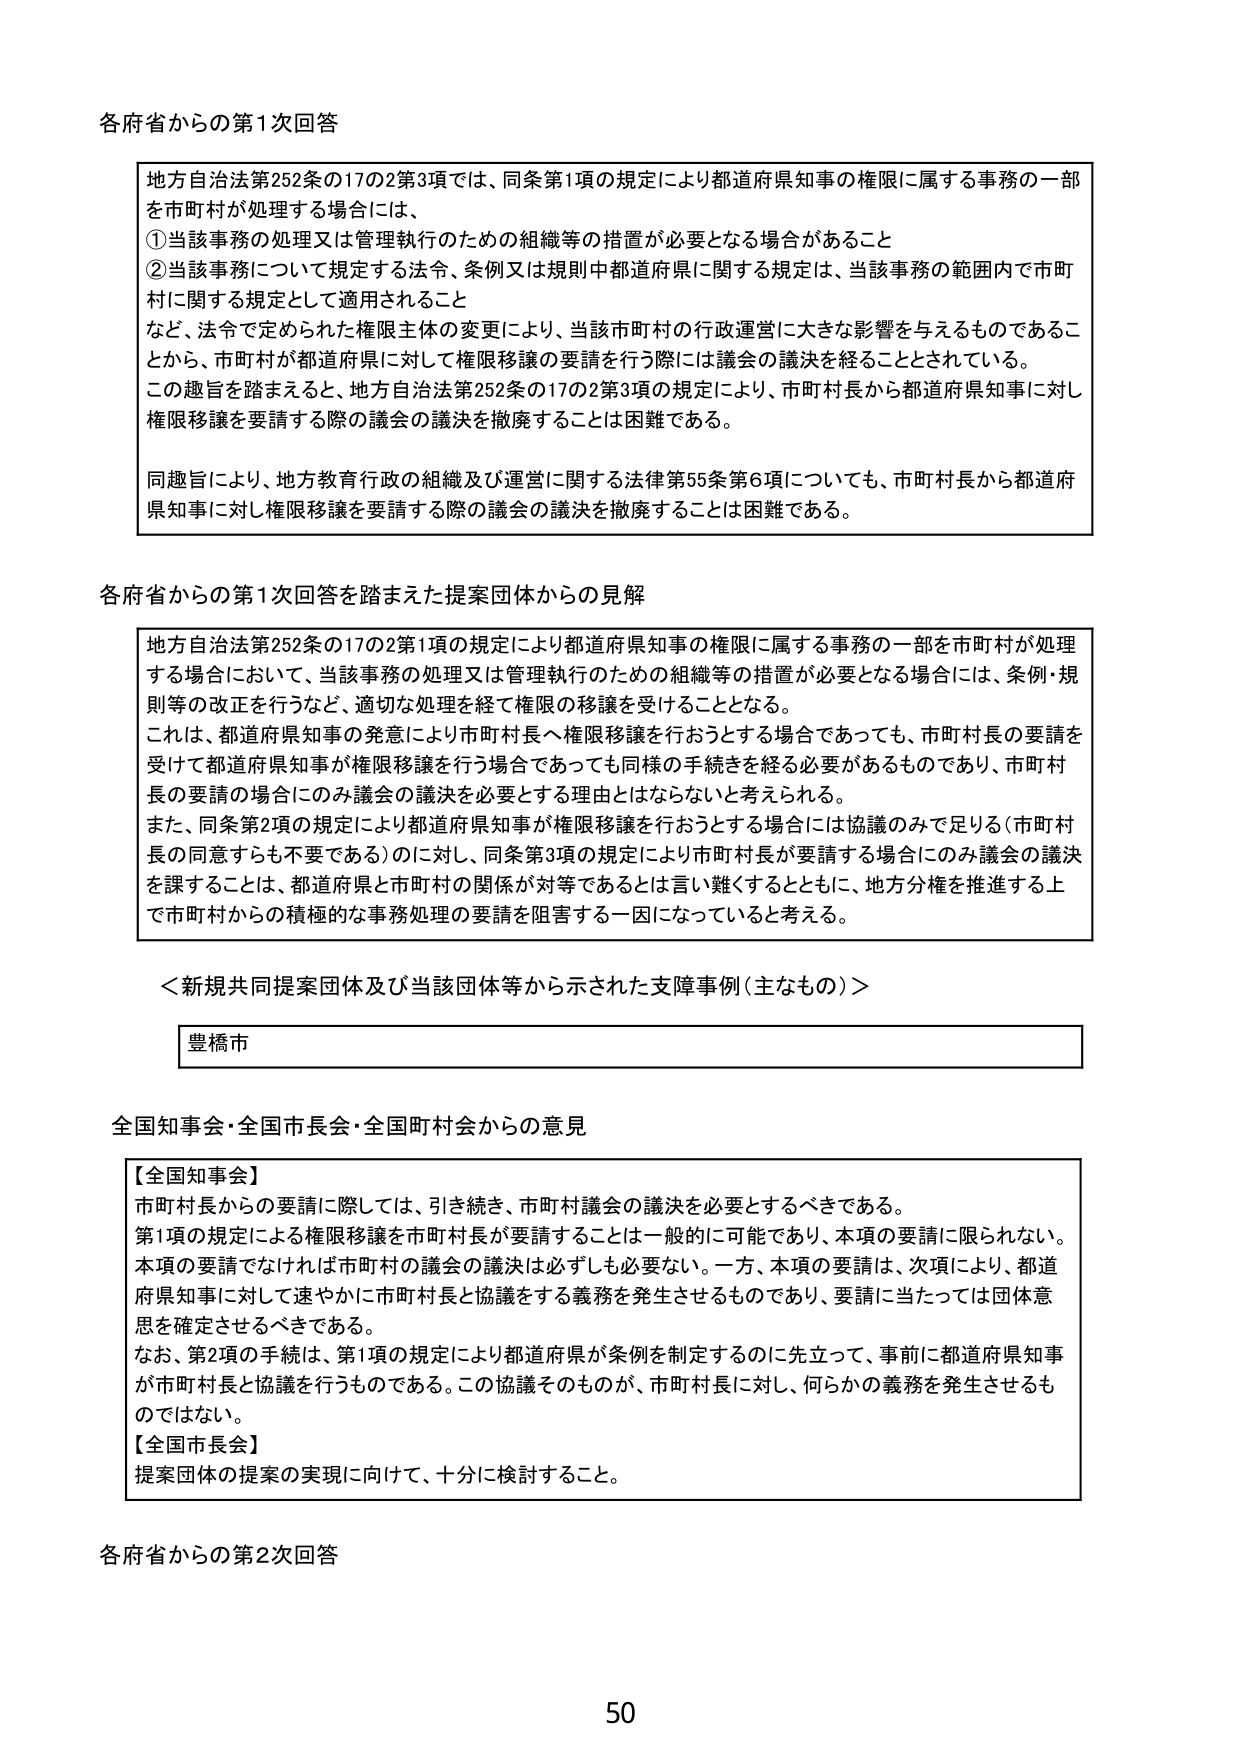
各府省からの第1次回答

地方自治法第252条の17の2第3項では、同条第1項の規定により都道府県知事の権限に属する事務の一部を市町村が処理する場合には、
①当該事務の処理又は管理執行のための組織等の措置が必要となる場合があること
②当該事務について規定する法令、条例又は規則中都道府県に関する規定は、当該事務の範囲内で市町村に関する規定として適用されること
など、法令で定められた権限主体の変更により、当該市町村の行政運営に大きな影響を与えるものであることから、市町村が都道府県に対して権限移譲の要請を行う際には議会の議決を経ることとされている。
この趣旨を踏まえると、地方自治法第252条の17の2第3項の規定により、市町村長から都道府県知事に対し権限移譲を要請する際の議会の議決を撤廃することは困難である。

同趣旨により、地方教育行政の組織及び運営に関する法律第55条第6項についても、市町村長から都道府県知事に対し権限移譲を要請する際の議会の議決を撤廃することは困難である。

各府省からの第1次回答を踏まえた提案団体からの見解

地方自治法第252条の17の2第1項の規定により都道府県知事の権限に属する事務の一部を市町村が処理する場合において、当該事務の処理又は管理執行のための組織等の措置が必要となる場合には、条例・規則等の改正を行うなど、適切な処理を経て権限の移譲を受けることとなる。
これは、都道府県知事の発意により市町村長へ権限移譲を行おうとする場合であっても、市町村長の要請を受けた都道府県知事が権限移譲を行う場合であっても同様の手続きを経る必要があるものであり、市町村長の要請の場合にのみ議会の議決を必要とする理由とはならないと考えられる。
また、同条第2項の規定により都道府県知事が権限移譲を行おうとする場合には協議のみで足りる（市町村長の同意すらも不要である）のに対し、同条第3項の規定により市町村長が要請する場合にのみ議会の議決を課することは、都道府県と市町村の関係が対等であるとは言い難くするとともに、地方分権を推進する上で市町村からの積極的な事務処理の要請を阻害する一因になっていると考える。

＜新規共同提案団体及び当該団体等から示された支障事例（主なもの）＞

豊橋市

全国知事会・全国市長会・全国町村会からの意見

【全国知事会】
市町村長からの要請に際しては、引き続き、市町村議会の議決を必要とするべきである。
第1項の規定による権限移譲を市町村長が要請することは一般的に可能であり、本項の要請に限られない。
本項の要請でなければ市町村の議会の議決は必ずしも必要ない。一方、本項の要請は、次項により、都道府県知事に対して速やかに市町村長と協議をする義務を発生させるものであり、要請に当たっては団体意思を確定させるべきである。
なお、第2項の手続は、第1項の規定により都道府県が条例を制定するのに先立って、事前に都道府県知事が市町村長と協議を行うものである。この協議そのものが、市町村長に対し、何らかの義務を発生させるものではない。
【全国市長会】
提案団体の提案の実現に向けて、十分に検討すること。

各府省からの第2次回答

50